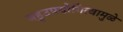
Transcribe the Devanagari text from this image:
बहुउपयोगित्वामुळे